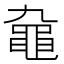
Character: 𪓒